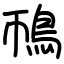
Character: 鳾